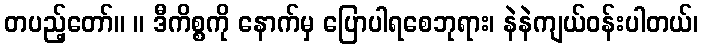
တပည့်တော်။ ။ ဒီကိစ္စကို နောက်မှ ပြောပါရစေဘုရား၊ နဲနဲကျယ်ဝန်းပါတယ်၊